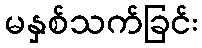
မနှစ်သက်ခြင်း